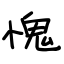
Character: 愧